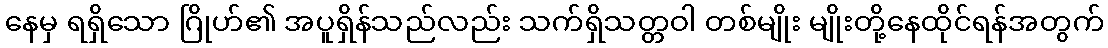
နေမှ ရရှိသော ဂြိုဟ်၏ အပူရှိန်သည်လည်း သက်ရှိသတ္တဝါ တစ်မျိုး မျိုးတို့နေထိုင်ရန်အတွက်